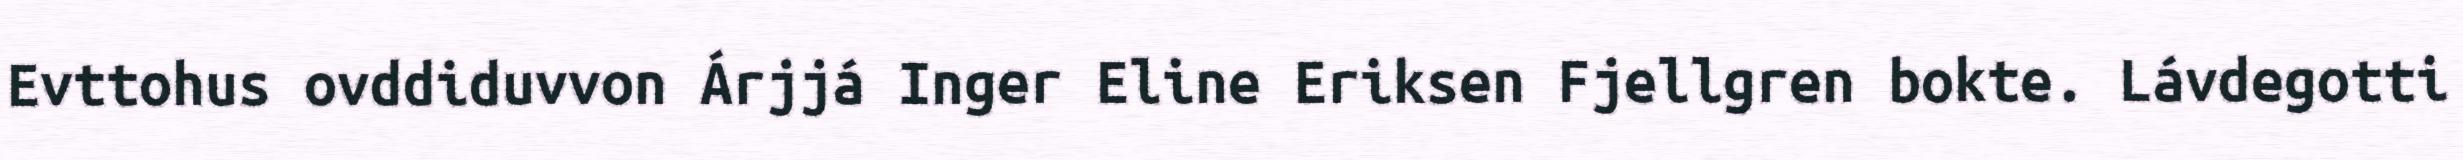
Evttohus ovddiduvvon Árjjá Inger Eline Eriksen Fjellgren bokte. Lávdegotti